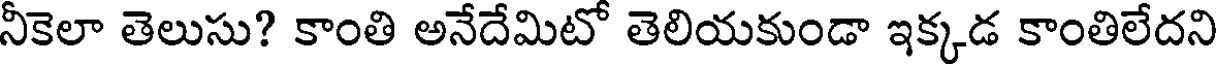
నీకెలా తెలుసు? కాంతి అనేదేమిటో తెలియకుండా ఇక్కడ కాంతిలేదని